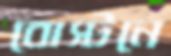
বোস্টনে